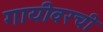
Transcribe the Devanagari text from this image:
गायीवरची